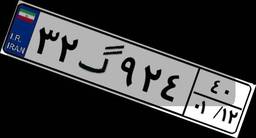
۳۲گ۹۲۴۴۰